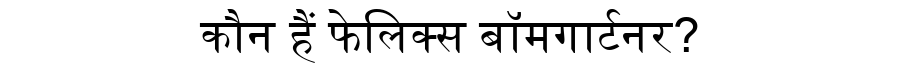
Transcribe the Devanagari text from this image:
कौन हैं फेलिक्स बॉमगार्टनर?